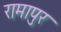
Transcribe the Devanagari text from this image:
रामापुर